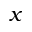
x